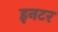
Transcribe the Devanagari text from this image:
इनटर